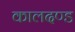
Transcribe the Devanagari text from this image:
कालदण्ड